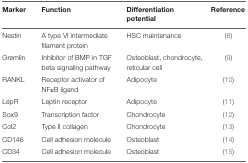
| Marker | Function | Differentiation potential | Reference |
 | --- | --- | --- | --- |
 | Nestin | A type VI intermediate filament protein | HSC maintenance | (8) |
 | Gremlin | Inhibitor of BMP in TGF beta signaling pathway | Osteoblast, chondrocyte, reticular cell | (9) |
 | RANKL | Receptor activator of NFκB ligand | Adipocyte | (10) |
 | LepR | Leptin receptor | Adipocyte | (11) |
 | Sox9 | Transcription factor | Chondrocyte | (12) |
 | Col2 | Type II collagen | Chondrocyte | (13) |
 | CD146 | Cell adhesion molecule | Osteoblast | (14) |
 | CD34 | Cell adhesion molecule | Osteoblast | (15) |